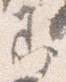
即